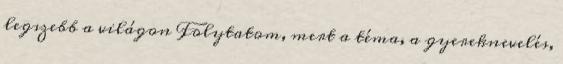
legszebb a világon Folytatom, mert a téma, a gyereknevelés,